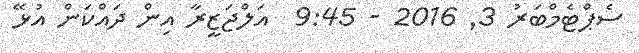
ސެޕްޓެމްބަރު 3